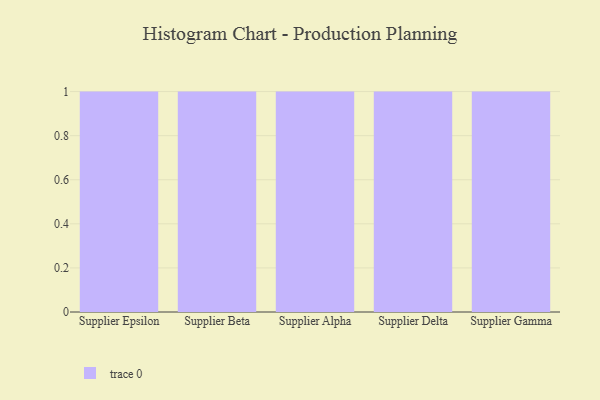
{"axis": {"x": "Supplier", "y": "Net Income (USD K)"}, "legend": [""], "data": [{"x": "Supplier Epsilon", "y": 13, "type": ""}, {"x": "Supplier Beta", "y": 6, "type": ""}, {"x": "Supplier Alpha", "y": 12, "type": ""}, {"x": "Supplier Delta", "y": 36, "type": ""}, {"x": "Supplier Gamma", "y": 45, "type": ""}]}